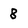
Character: 8